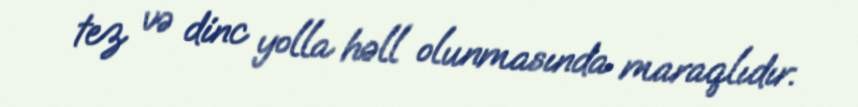
tez və dinc yolla həll olunmasında maraqlıdır.